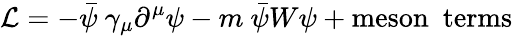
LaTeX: {\cal{\mathcal{L}}}=-\bar{{\psi}}~\gamma_{\mu}\partial^{\mu}\psi-m~\bar{{\psi}}W\psi+\mathrm{{meson~~terms}}